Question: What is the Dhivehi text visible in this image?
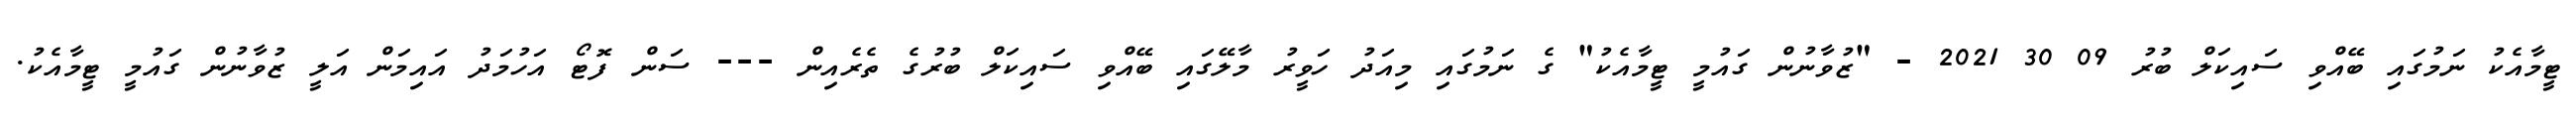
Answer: ޓީމާއެކު ނަމުގައި ބޭއްވި ސައިކަލް ބުރު 09 30 2021 - "ޒުވާނުން ގައުމީ ޓީމާއެކު" ގެ ނަމުގައި މިއަދު ހަވީރު މާލޭގައި ބޭއްވި ސައިކަލް ބުރުގެ ތެރެއިން --- ސަން ފޮޓޯ އަހުމަދު އައިމަން އަލީ ޒުވާނުން ގައުމީ ޓީމާއެކު.